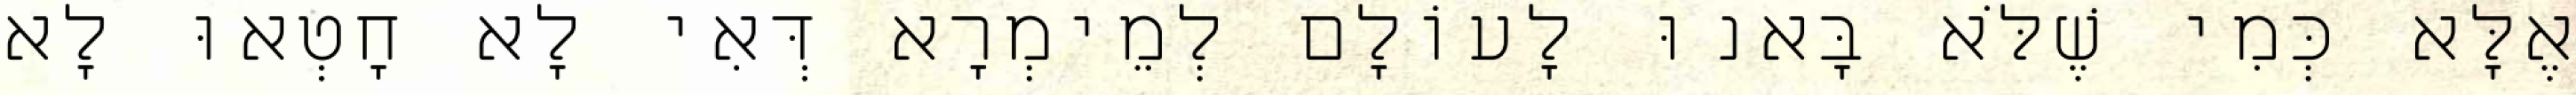
אֶלָּא כְּמִי שֶׁלֹּא בָּאנוּ לָעוֹלָם לְמֵימְרָא דְּאִי לָא חָטְאוּ לָא